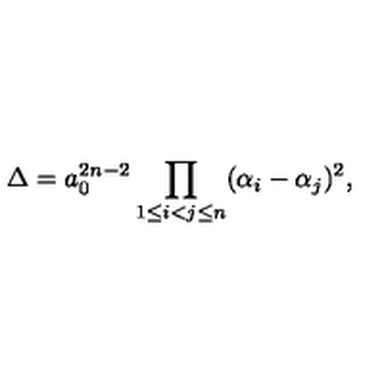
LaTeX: \Delta = a _ { 0 } ^ { 2 n - 2 } \prod _ { 1 \le i < j \le n } ( \alpha _ { i } - \alpha _ { j } ) ^ { 2 } ,